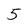
Character: 5